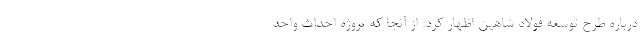
درباره طرح توسعه فولاد شاهین اظهار کرد: از آنجا که پروژه احداث واحد